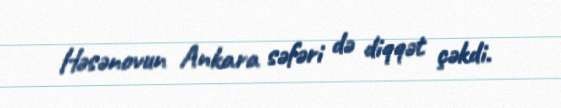
Həsənovun Ankara səfəri də diqqət çəkdi.